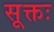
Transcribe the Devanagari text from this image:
सूक्तः